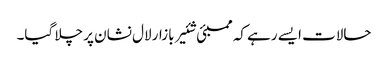
حالات ایسے رہے کہ ممبئی شئیر بازار لال نشان پر چلا گیا۔